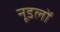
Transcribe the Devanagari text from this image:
नूडलों